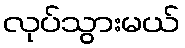
လုပ်သွားမယ်